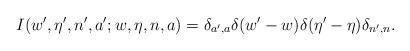
LaTeX: \begin{align*}I(w',\eta',n',a' ;w,\eta,n,a ) =\delta_{a',a} \delta(w' - w)\delta(\eta' - \eta)\delta_{n',n}.\end{align*}